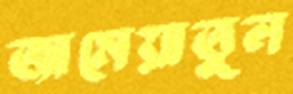
জামেয়াতুল